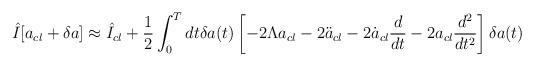
LaTeX: \begin{align*}\hat{I}[a_{cl}+\delta a] \approx \hat{I}_{cl} + \frac{1}{2} \int_0^T dt \delta a(t)\left[-2 \Lambda a_{cl} - 2\ddot{a}_{cl} - 2\dot{a}_{cl} \frac{d}{dt} - 2 a_{cl} \frac{d^2}{dt^2}\right] \delta a(t)\end{align*}